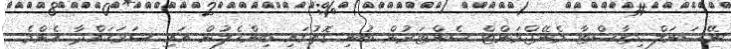
ނޭޝަނަލް ޑިޒާސްޓާ މެނޭޖްމަންޓް ސެންޓަރުން ބުނި ގޮތުގައި ބިންހެލުން އައި ސަރަހައްދާ އެންމެ